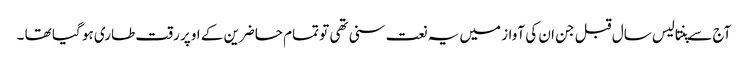
آج سے پنتالیس سال قبل جن ان کی آواز میں یہ نعت سنی تھی تو تمام حاضرین کے اوپر رقت طاری ہو گیا تھا ۔